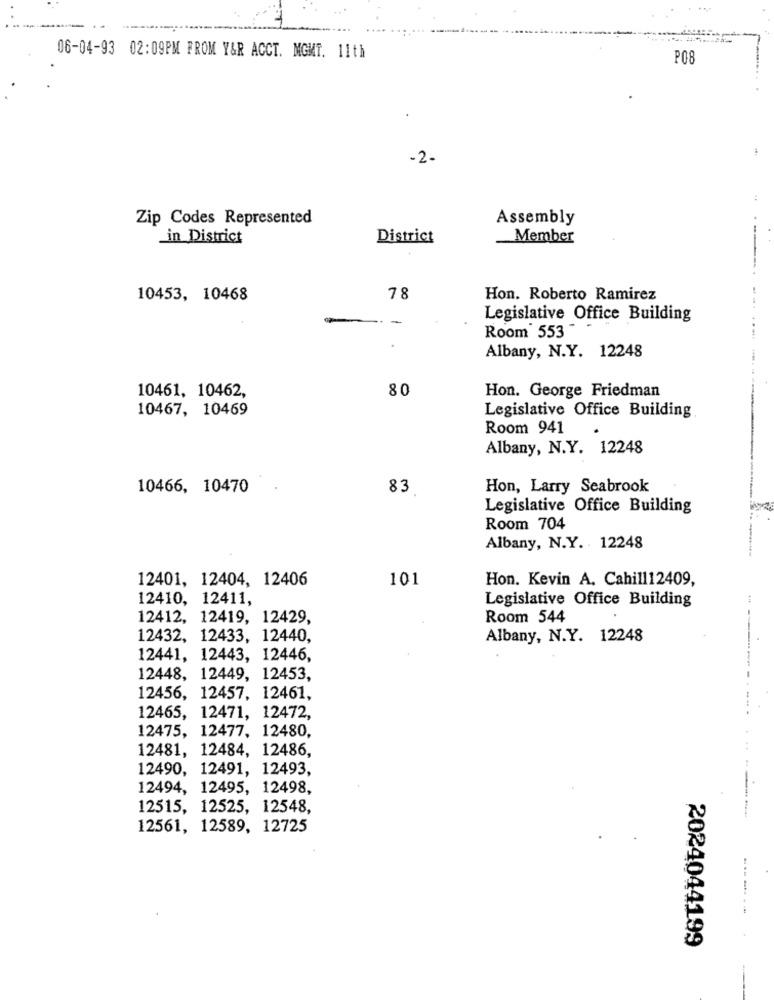
06-04-93 02:09PM FROM Y&R ACCT. MGMT. 11th
P08
-2.
Zip Codes Represented
Assembly
_in_District
District
Member
10453, 10468
78
Hon. Roberto Ramirez
Legislative Office Building
Room 553
Albany, N.Y. 12248
80
Hon. George Friedman
10461, 10462,
10467, 10469
Legislative Office Building
Room 941
Albany, N.Y. 12248
10466, 10470
83
Hon, Larry Seabrook
Legislative Office Building
Room 704
Albany, N.Y. 12248
12401, 12404, 12406
101
Hon. Kevin A. Cahill12409,
12410, 12411,
Legislative Office Building
12412, 12419, 12429,
Room 544
12432, 12433, 12440,
Albany, N.Y. 12248
12441, 12443, 12446,
12448, 12449, 12453,
12456, 12457, 12461,
12465, 12471, 12472,
12475, 12477, 12480.
12481, 12484, 12486,
12490, 12491, 12493,
--------....
12494, 12495, 12498,
12515, 12525, 12548,
12561, 12589, 12725
--------
2024044199